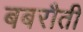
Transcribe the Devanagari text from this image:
बबरौती